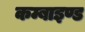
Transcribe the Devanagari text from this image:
कम्बाइण्ड